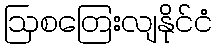
ဩစတြေးလျနိုင်ငံ